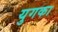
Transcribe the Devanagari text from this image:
युगका